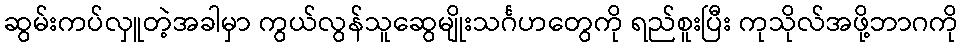
ဆွမ်းကပ်လှူတဲ့အခါမှာ ကွယ်လွန်သူဆွေမျိုးသင်္ဂဟတွေကို ရည်စူးပြီး ကုသိုလ်အဖို့ဘာဂကို